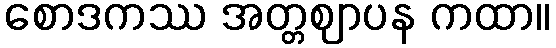
စောဒကဿ အတ္တဈာပန ကထာ။